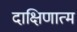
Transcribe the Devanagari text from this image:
दाक्षिणात्म